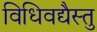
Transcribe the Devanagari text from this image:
विधिवद्यैस्तु